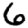
Digit: 6